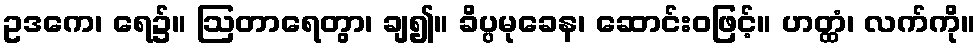
ဥဒကေ၊ ရေ၌။ ဩတာရေတွာ၊ ချ၍။ ခိပ္ပမုခေန၊ ဆောင်းဝဖြင့်။ ဟတ္ထံ၊ လက်ကို။